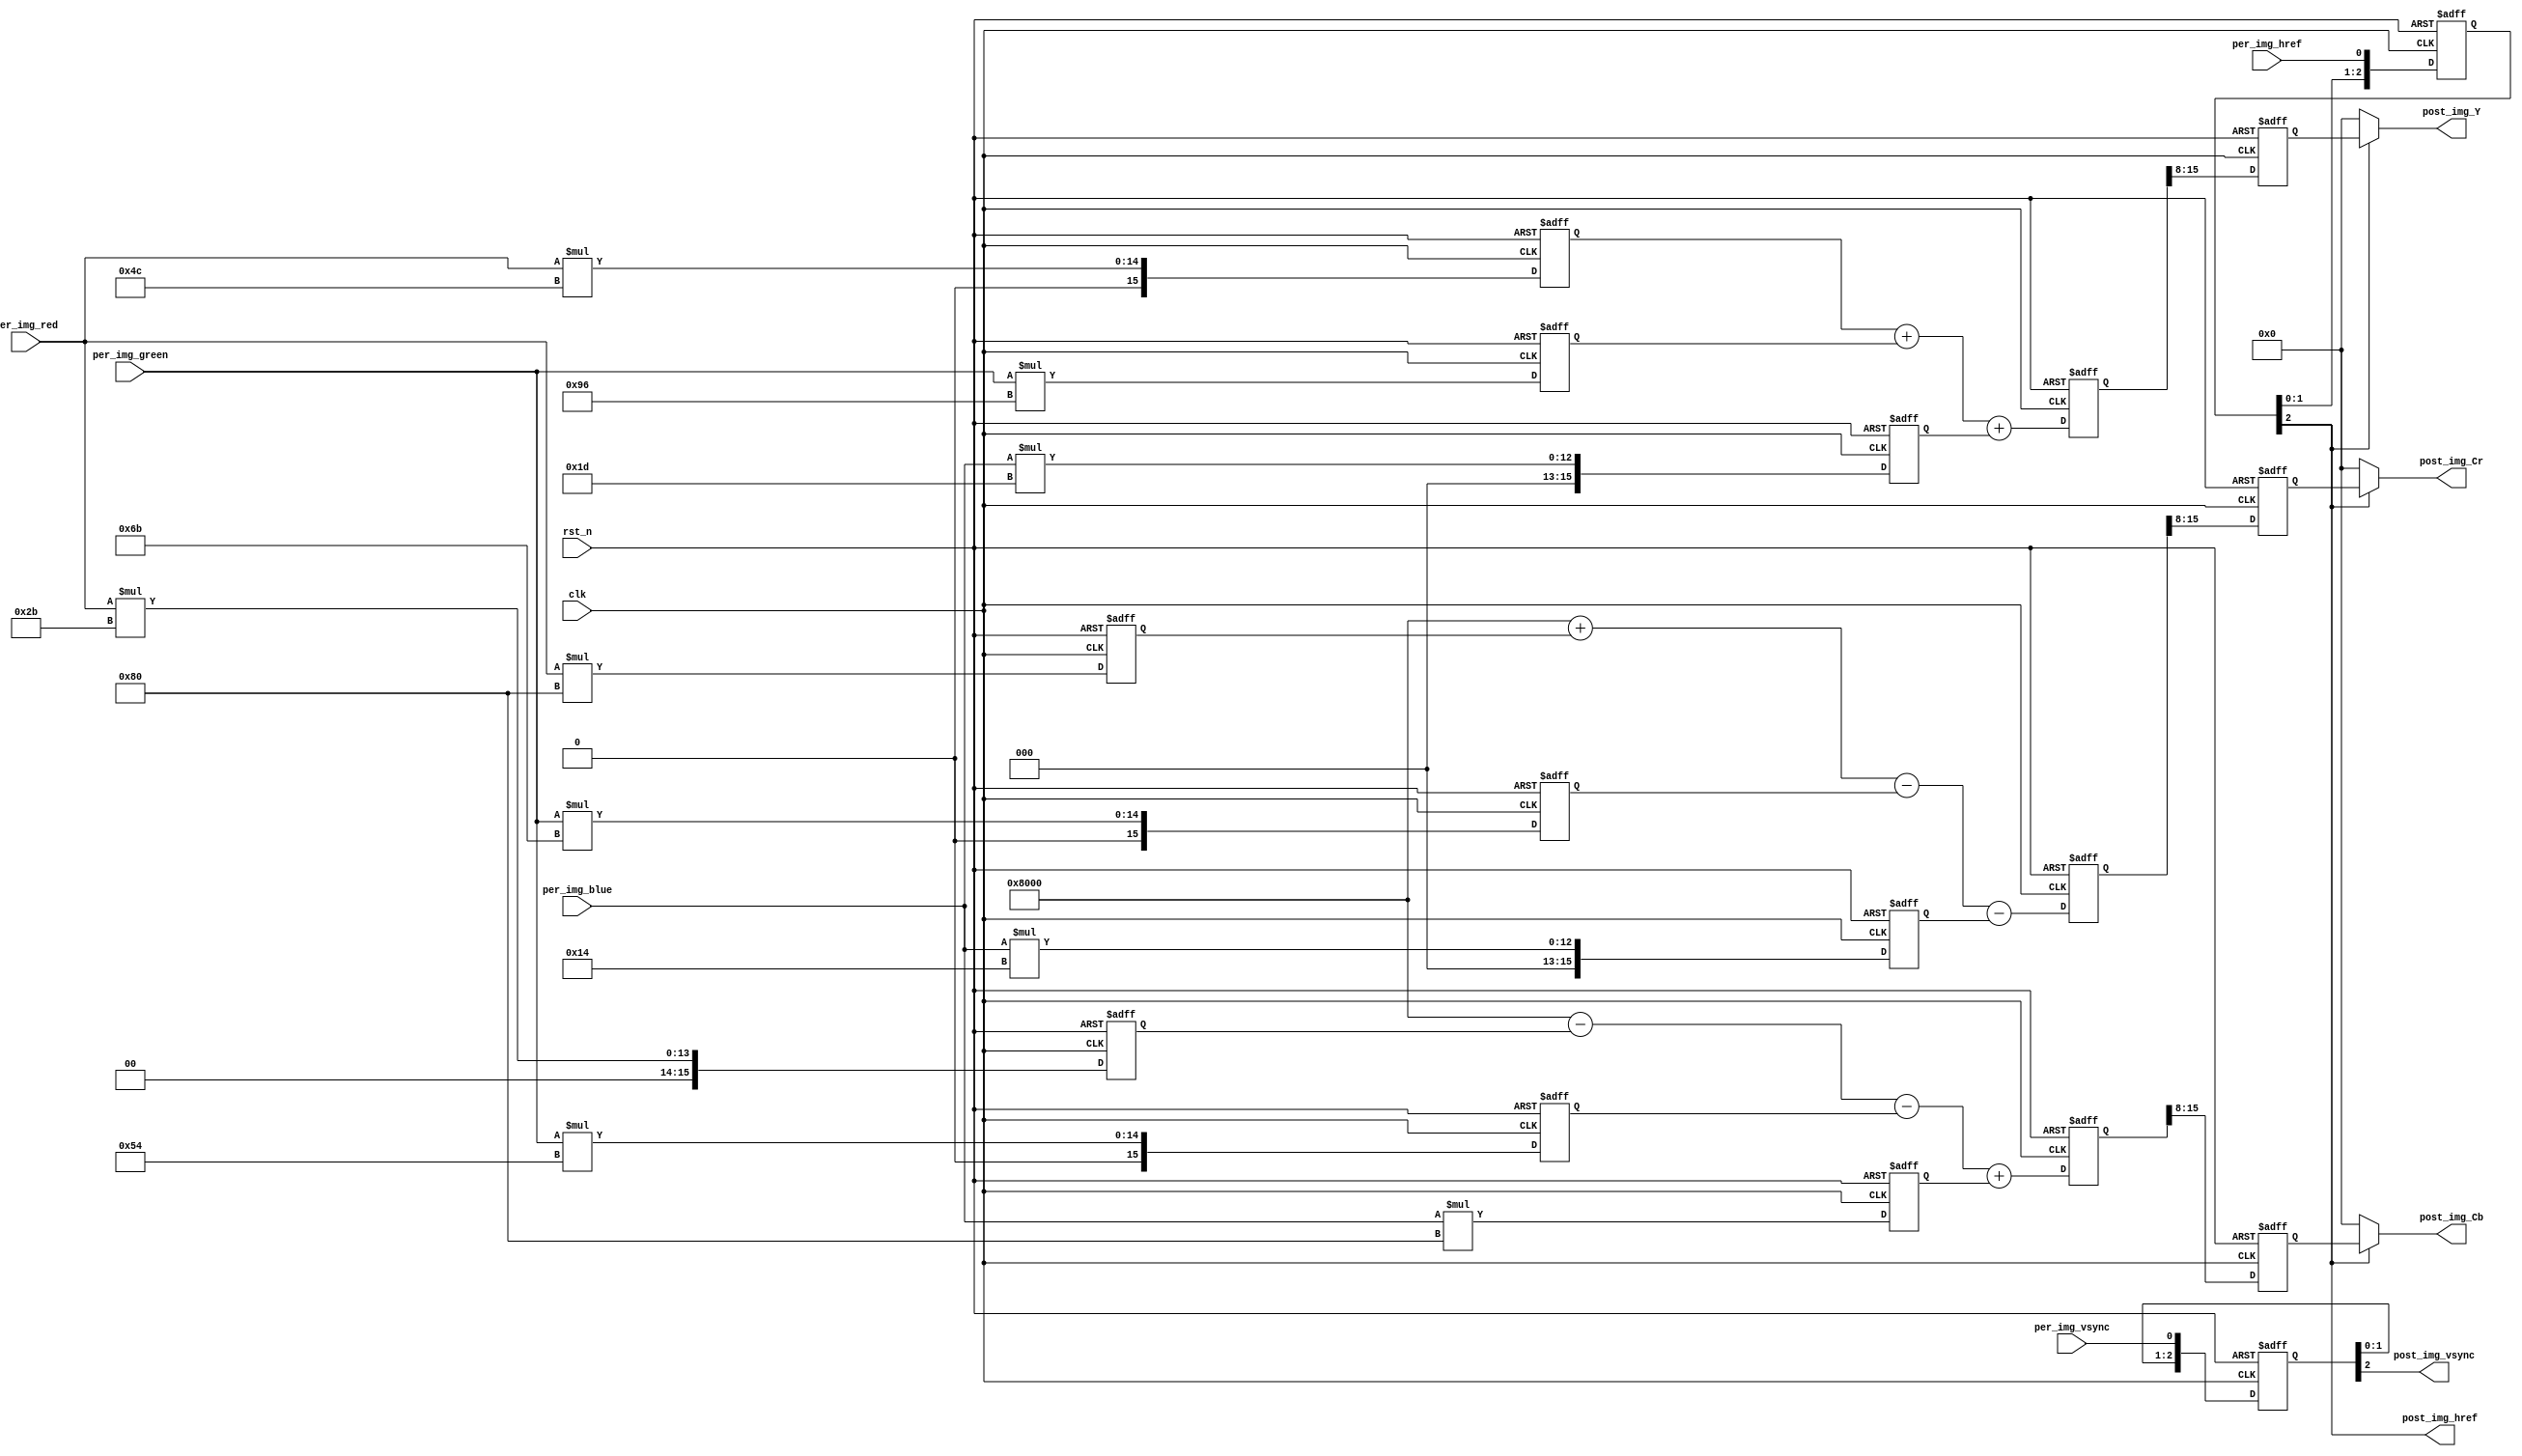
module RGB_to_YCbCr (
    clk,
    rst_n,
    per_img_vsync,
    per_img_href,
    per_img_red,
    per_img_green,
    per_img_blue,
    post_img_vsync,
    post_img_href,
    post_img_Y,
    post_img_Cb,
    post_img_Cr
    );

    input clk;
    input rst_n;
    input per_img_vsync;
    input per_img_href;
    input [7:0] per_img_red;
    input [7:0] per_img_green;
    input [7:0] per_img_blue;

    output post_img_vsync;
    output post_img_href;
    output [7:0] post_img_Y;
    output [7:0] post_img_Cb;
    output [7:0] post_img_Cr;

    reg [15:0] mult_red_1,  mult_red_2, mult_red_3;
    reg [15:0] mult_green_1,  mult_green_2, mult_green_3;
    reg [15:0] mult_blue_1,  mult_blue_2, mult_blue_3;
    
    always @(posedge clk or negedge rst_n) begin
        if (!rst_n) begin
            mult_red_1   <= 16'd0;
            mult_red_2   <= 16'd0;
            mult_red_3   <= 16'd0;
            mult_green_1 <= 16'd0;
            mult_green_2 <= 16'd0;
            mult_green_3 <= 16'd0;
            mult_blue_1  <= 16'd0;
            mult_blue_2  <= 16'd0;
            mult_blue_3  <= 16'd0;
        end else begin
            mult_red_1   <= per_img_red*76;
            mult_red_2   <= per_img_red*43;
            mult_red_3   <= per_img_red*128;
            mult_green_1 <= per_img_green*150;
            mult_green_2 <= per_img_green*84;
            mult_green_3 <= per_img_green*107;
            mult_blue_1  <= per_img_blue*29;
            mult_blue_2  <= per_img_blue*128;
            mult_blue_3  <= per_img_blue*20;
        end
    end

    reg [15:0] Y_r, Cb_r, Cr_r;
    always @(posedge clk or negedge rst_n) begin
        if (!rst_n) begin
            Y_r     <= 16'd0;
            Cb_r    <= 16'd0;
            Cr_r    <= 16'd0;
        end else begin
            Y_r     <= mult_red_1 + mult_green_1 + mult_blue_1;
            Cb_r    <= 32768 - mult_red_2 - mult_green_2 + mult_blue_2;
            Cr_r    <= 32768 + mult_red_3 - mult_green_3 - mult_blue_3;
        end
    end

    reg [7:0] Y, Cb, Cr;
    always @(posedge clk or negedge rst_n) begin
        if (!rst_n) begin
            Y       <= 8'd0;
            Cb      <= 8'd0;
            Cr      <= 8'd0;
        end else begin
            Y       <= Y_r[15:8];
            Cb      <= Cb_r[15:8];
            Cr      <= Cr_r[15:8];
        end
    end    

    reg [2:0] per_img_vsync_r, per_img_href_r;
    always @(posedge clk or negedge rst_n) begin
        if (!rst_n) begin
            per_img_vsync_r <= 3'd0;
            per_img_href_r  <= 3'd0;
        end else begin
            per_img_vsync_r <= {per_img_vsync_r[1:0], per_img_vsync};
            per_img_href_r  <= {per_img_href_r[1:0], per_img_href};
        end
    end

    assign post_img_vsync = per_img_vsync_r[2];
    assign post_img_href  = per_img_href_r[2];
    assign post_img_Y     = post_img_href ? Y  : 8'd0;
    assign post_img_Cb    = post_img_href ? Cb : 8'd0;
    assign post_img_Cr    = post_img_href ? Cr : 8'd0;

endmodule